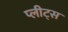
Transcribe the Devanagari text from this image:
प्लीट्स